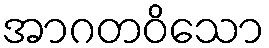
အာဂတဝိသော